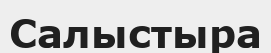
Салыстыра